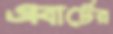
এবার্টের